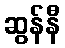
ဆွန်နီ